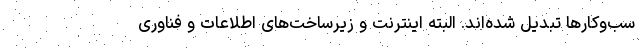
سب‌وکارها تبدیل شده‌اند. البته اینترنت و زیرساخت‌های اطلاعات و فناوری